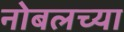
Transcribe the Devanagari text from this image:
नोबलच्या